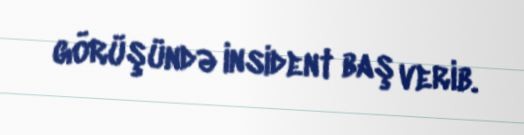
görüşündə insident baş verib.